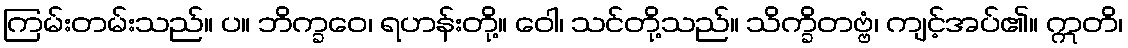
ကြမ်းတမ်းသည်။ ပ။ ဘိက္ခဝေ၊ ရဟန်းတို့။ ဝေါ၊ သင်တို့သည်။ သိက္ခိတဗ္ဗံ၊ ကျင့်အပ်၏။ ဣတိ၊